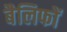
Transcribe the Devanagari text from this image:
बैलिफों